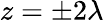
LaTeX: z=\pm 2\lambda